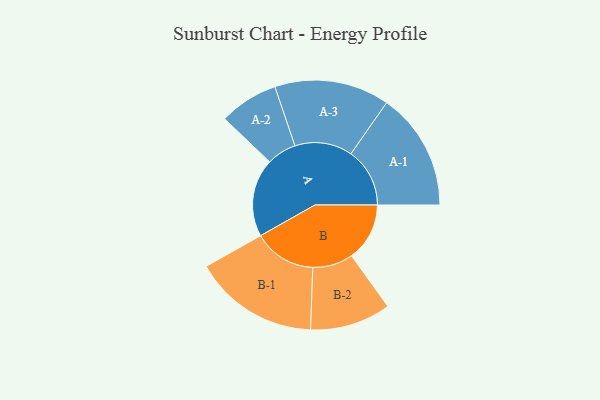
{"axis": {"x": "Segment", "y": "Value"}, "legend": ["", "A", "B"], "data": [{"x": "A", "y": 288, "type": ""}, {"x": "B", "y": 214, "type": ""}, {"x": "A-1", "y": 217, "type": "A"}, {"x": "A-2", "y": 109, "type": "A"}, {"x": "A-3", "y": 212, "type": "A"}, {"x": "B-1", "y": 231, "type": "B"}, {"x": "B-2", "y": 149, "type": "B"}]}